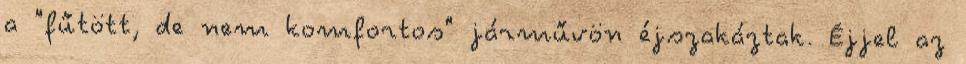
a "fűtött, de nem komfortos" járművön éjszakáztak. Éjjel az